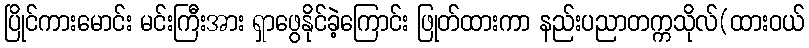
ပြိုင်ကားမောင်း မင်းကြီးအား ရှာဖွေနိုင်ခဲ့ကြောင်း ဖြုတ်ထားကာ နည်းပညာတက္ကသိုလ်(ထားဝယ်